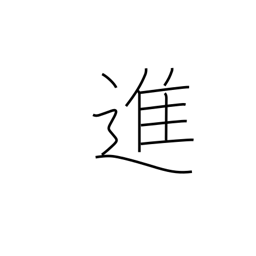
Meaning: progress